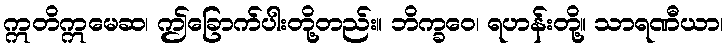
ဣတိဣမေဆ၊ ဤခြောက်ပါးတို့တည်း။ ဘိက္ခဝေ၊ ရဟန်းတို့။ သာရဏီယာ၊